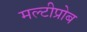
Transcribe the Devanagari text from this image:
मल्टीप्रोब